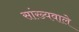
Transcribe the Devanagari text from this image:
सांख्यवाले